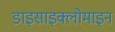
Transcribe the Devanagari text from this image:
डाइसाइक्लोमाइन